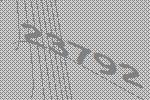
23792